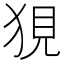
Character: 𤞭